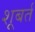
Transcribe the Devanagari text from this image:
शूबर्त